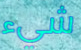
شيء